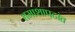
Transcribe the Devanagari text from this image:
तमाशापटांत